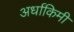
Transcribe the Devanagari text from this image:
अर्धाकिमी